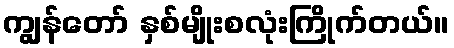
ကျွန်တော် နှစ်မျိုးစလုံးကြိုက်တယ်။